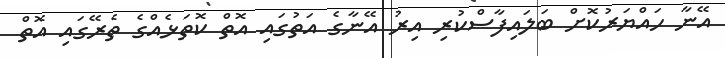
އޭނާ ހައްޔަރުކޮށް ބަލައިފާސްކުރި އިރު އޭނާގެ އަތުގައި އޮތް ކޮތަޅެއްގެ ތެރޭގައި އޮތް